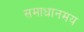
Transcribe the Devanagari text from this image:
समाधानमय